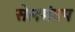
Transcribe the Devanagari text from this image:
सेलमंडप